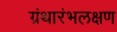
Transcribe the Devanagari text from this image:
ग्रंथारंभलक्षण